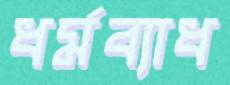
ধর্মব্যাধ